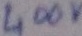
Text: 400v